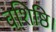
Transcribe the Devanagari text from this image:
वशिष्ठि।